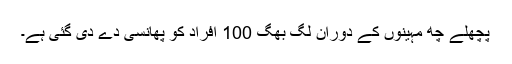
پچھلے چھ مہینوں کے دوران لگ بھگ 100 افراد کو پھانسی دے دی گئی ہے۔